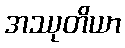
အဿုတိယာ